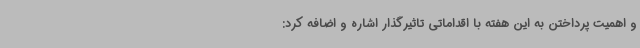
و اهمیت پرداختن به این هفته با اقداماتی تاثیرگذار اشاره و اضافه کرد: